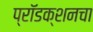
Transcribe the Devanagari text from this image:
प्रॉडक्शनचा